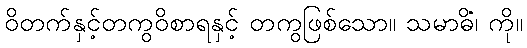
ဝိတက်နှင့်တကွဝိစာရနှင့် တကွဖြစ်သော။ သမာဓိံ၊ ကို။